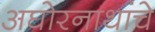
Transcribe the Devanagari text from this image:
अघोरनाथांचे